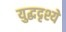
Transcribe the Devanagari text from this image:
युद्धदृश्ये